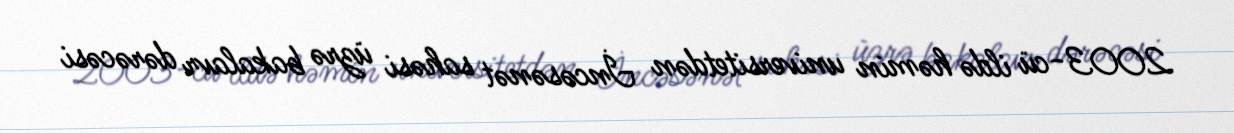
2003-cü ildə həmin universitetdən İncəsənət sahəsi üzrə bakalavr dərəcəsi